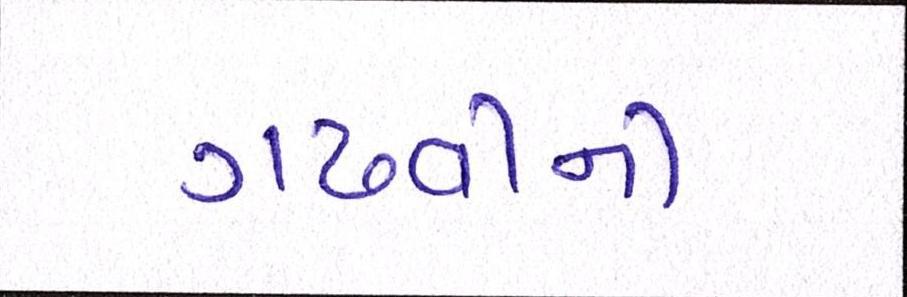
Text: ગઢવીની